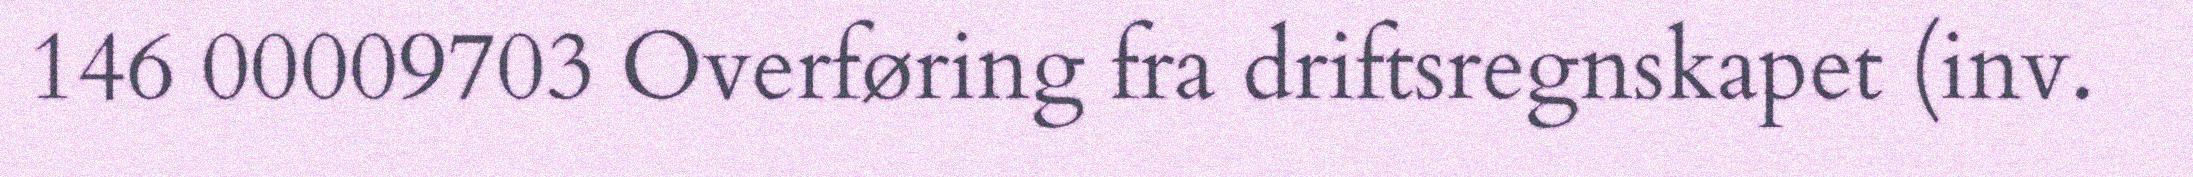
146 00009703 Overføring fra driftsregnskapet (inv.